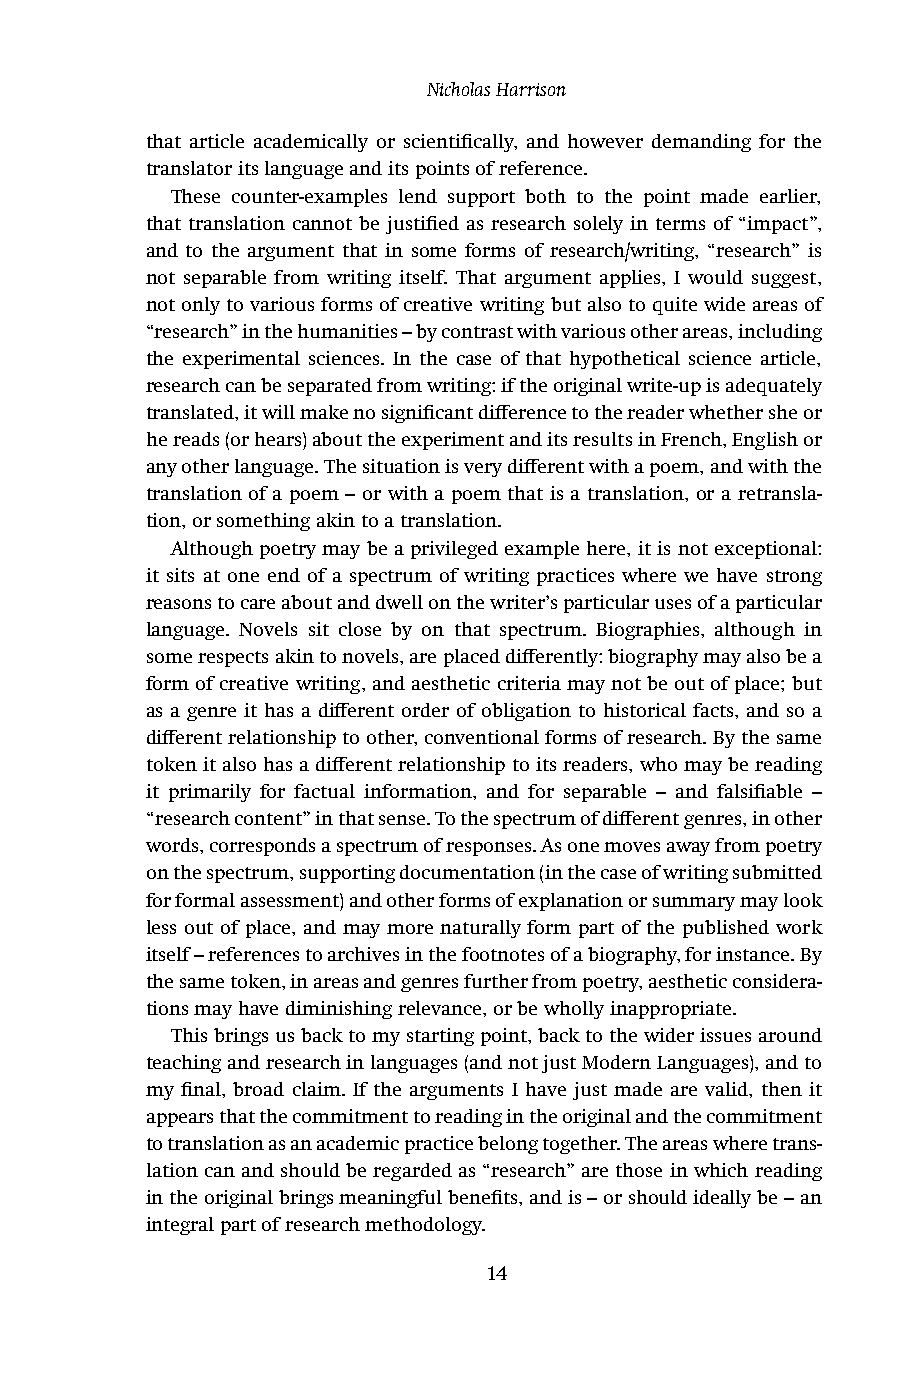
Nicholas Harrison
 that article academically or scientifically, and however demanding for the
 translator its language and its points of reference.
 These counter-examples lend support both to the point made earlier,
 that translation cannot be justified as research solely in terms of “impact”,
 and to the argument that in some forms of research/writing, “research” is
 not separable from writing itself. That argument applies, I would suggest,
 not only to various forms of creative writing but also to quite wide areas of
 “research” in the humanities – by contrast with various other areas, including
 the experimental sciences. In the case of that hypothetical science article,
 research can be separated from writing: if the original write-up is adequately
 translated, it will make no significant difference to the reader whether she or
 he reads (or hears) about the experiment and its results in French, English or
 any other language. The situation is very different with a poem, and with the
 translation of a poem – or with a poem that is a translation, or a retransla-
 tion, or something akin to a translation.
 Although poetry may be a privileged example here, it is not exceptional:
 it sits at one end of a spectrum of writing practices where we have strong
 reasons to care about and dwell on the writer’s particular uses of a particular
 language. Novels sit close by on that spectrum. Biographies, although in
 some respects akin to novels, are placed differently: biography may also be a
 form of creative writing, and aesthetic criteria may not be out of place; but
 as a genre it has a different order of obligation to historical facts, and so a
 different relationship to other, conventional forms of research. By the same
 token it also has a different relationship to its readers, who may be reading
 it primarily for factual information, and for separable – and falsifiable –
 “research content” in that sense. To the spectrum of different genres, in other
 words, corresponds a spectrum of responses. As one moves away from poetry
 on the spectrum, supporting documentation (in the case of writing submitted
 for formal assessment) and other forms of explanation or summary may look
 less out of place, and may more naturally form part of the published work
 itself – references to archives in the footnotes of a biography, for instance. By
 the same token, in areas and genres further from poetry, aesthetic considera-
 tions may have diminishing relevance, or be wholly inappropriate.
 This brings us back to my starting point, back to the wider issues around
 teaching and research in languages (and not just Modern Languages), and to
 my final, broad claim. If the arguments I have just made are valid, then it
 appears that the commitment to reading in the original and the commitment
 to translation as an academic practice belong together. The areas where trans-
 lation can and should be regarded as “research” are those in which reading
 in the original brings meaningful benefits, and is – or should ideally be – an
 integral part of research methodology.
 14